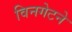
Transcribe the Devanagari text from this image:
विनगेटने